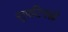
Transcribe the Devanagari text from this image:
सुपटिपन्नो